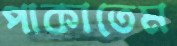
পাকাতেম